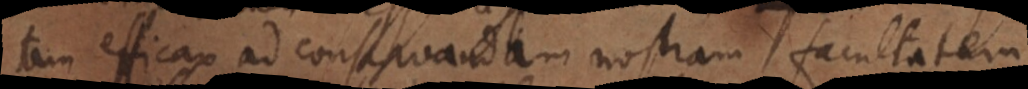
tam efficax ad conservandam nostram facultatem,